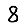
Digit: 8